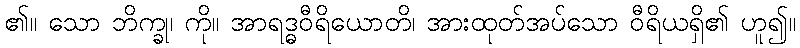
၏။ သော ဘိက္ခု၊ ကို။ အာရဒ္ဓဝီရိယောတိ၊ အားထုတ်အပ်သော ဝီရိယရှိ၏ ဟူ၍။